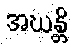
အဃန္တိ